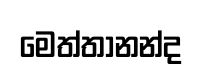
මෙත්තානන්ද